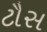
ટૌસ